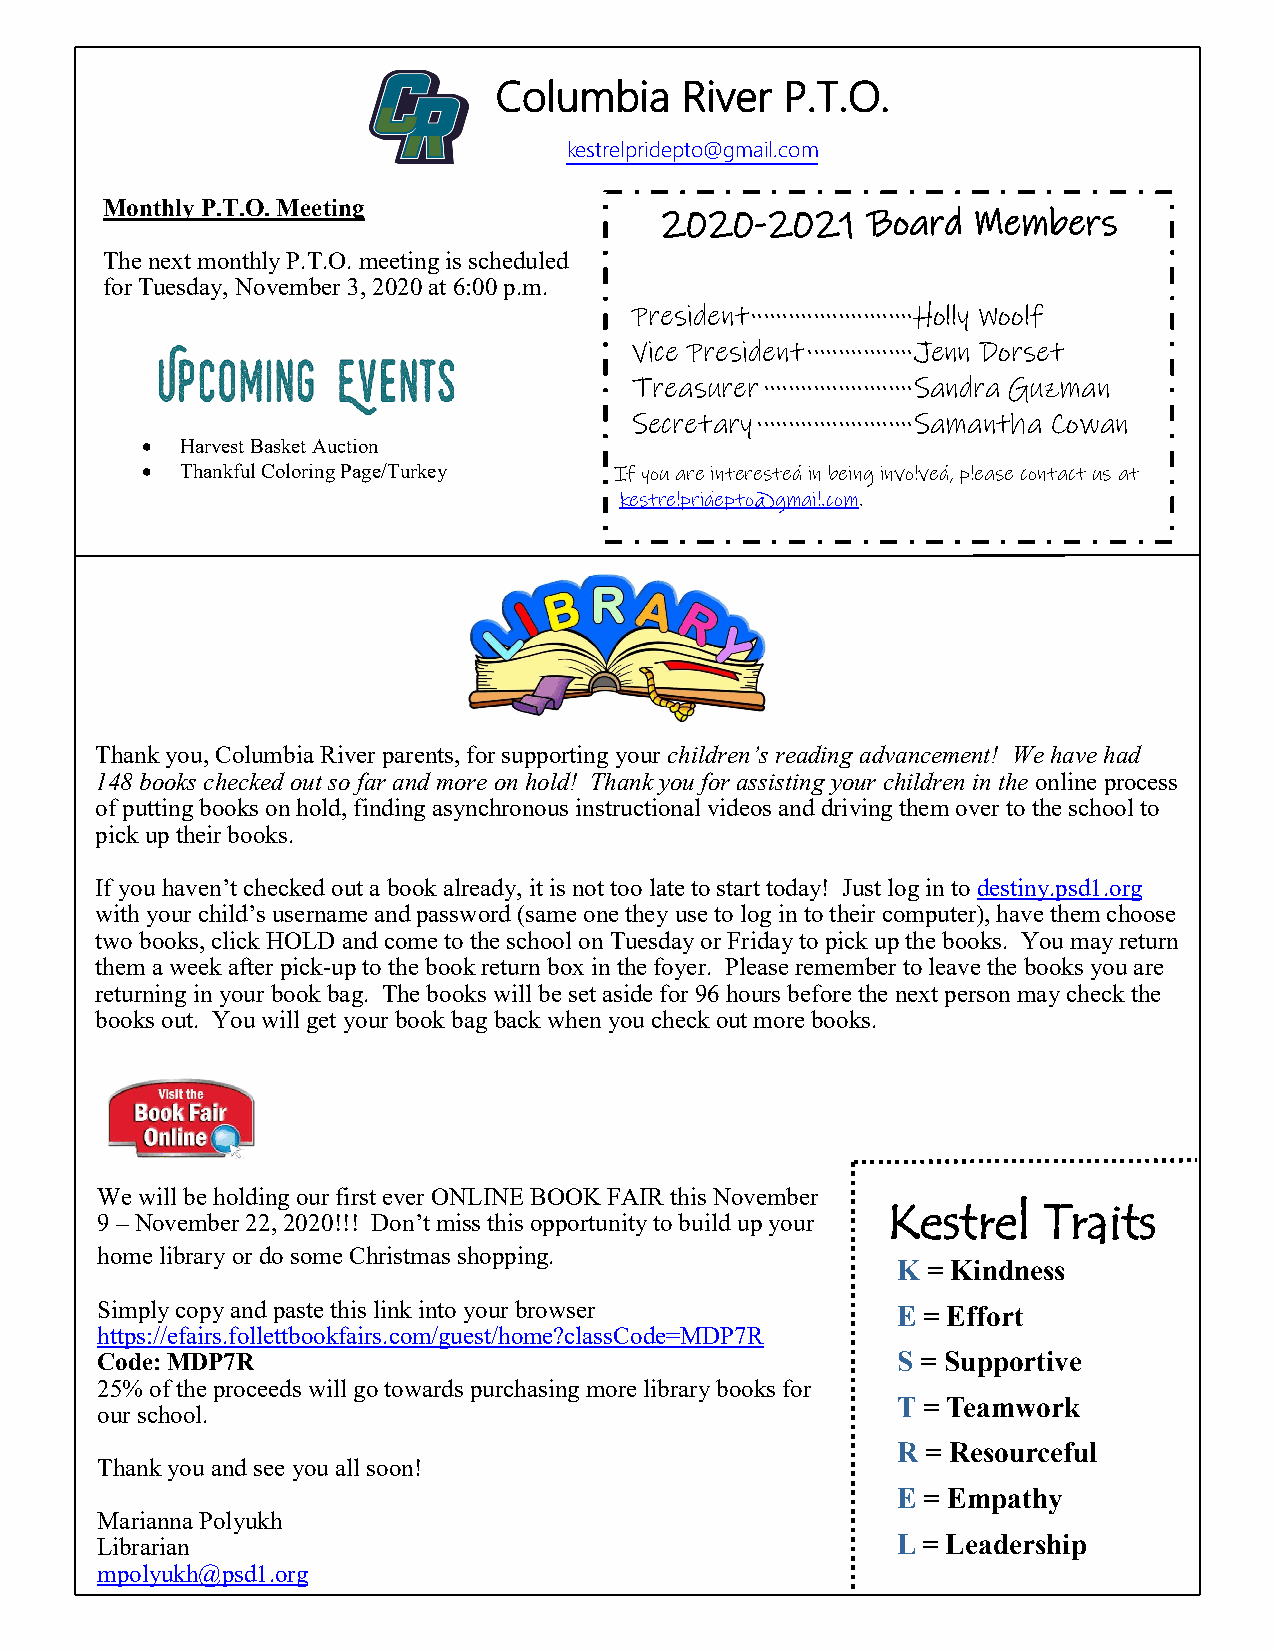
Columbia    River  P.T.O.
 kestrelpridepto@gmail.com
 Monthly P.T.O. Meeting
 2020-2021    Board  Members
 The next monthly P.T.O. meeting is scheduled
 for Tuesday, November 3, 2020 at 6:00 p.m.
 President ·························· Holly Woolf
 Vice President ················· Jenn Dorset
 Treasurer ························ Sandra Guzman
 Secretary ························· Samantha Cowan
 •  Harvest Basket Auction
 •  Thankful Coloring Page/Turkey If you are interested in being involved, please contact us at
 kestrelpridepto@gmail.com.
 Thank you, Columbia River parents, for supporting your children’s reading advancement! We have had
 148 books checked out so far and more on hold! Thank you for assisting your children in the online process
 of putting books on hold, finding asynchronous instructional videos and driving them over to the school to
 pick up their books.
 If you haven’t checked out a book already, it is not too late to start today! Just log in to destiny.psd1.org
 with your child’s username and password (same one they use to log in to their computer), have them choose
 two books, click HOLD and come to the school on Tuesday or Friday to pick up the books. You may return
 them a week after pick-up to the book return box in the foyer. Please remember to leave the books you are
 returning in your book bag. The books will be set aside for 96 hours before the next person may check the
 books out. You will get your book bag back when you check out more books.
 We will be holding our first ever ONLINE BOOK FAIR this November
 Kestrel   Traits
 9 – November 22, 2020!!! Don’t miss this opportunity to build up your
 home library or do some Christmas shopping.
 K = Kindness
 Simply copy and paste this link into your browser    E = Effort
 https://efairs.follettbookfairs.com/guest/home?classCode=MDP7R
 Code: MDP7R                                          S = Supportive
 25% of the proceeds will go towards purchasing more library books for
 T = Teamwork
 our school.
 R = Resourceful
 Thank you and see you all soon!
 E = Empathy
 Marianna Polyukh
 Librarian                                            L = Leadership
 mpolyukh@psd1.org